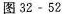
图32-52